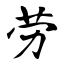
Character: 劳